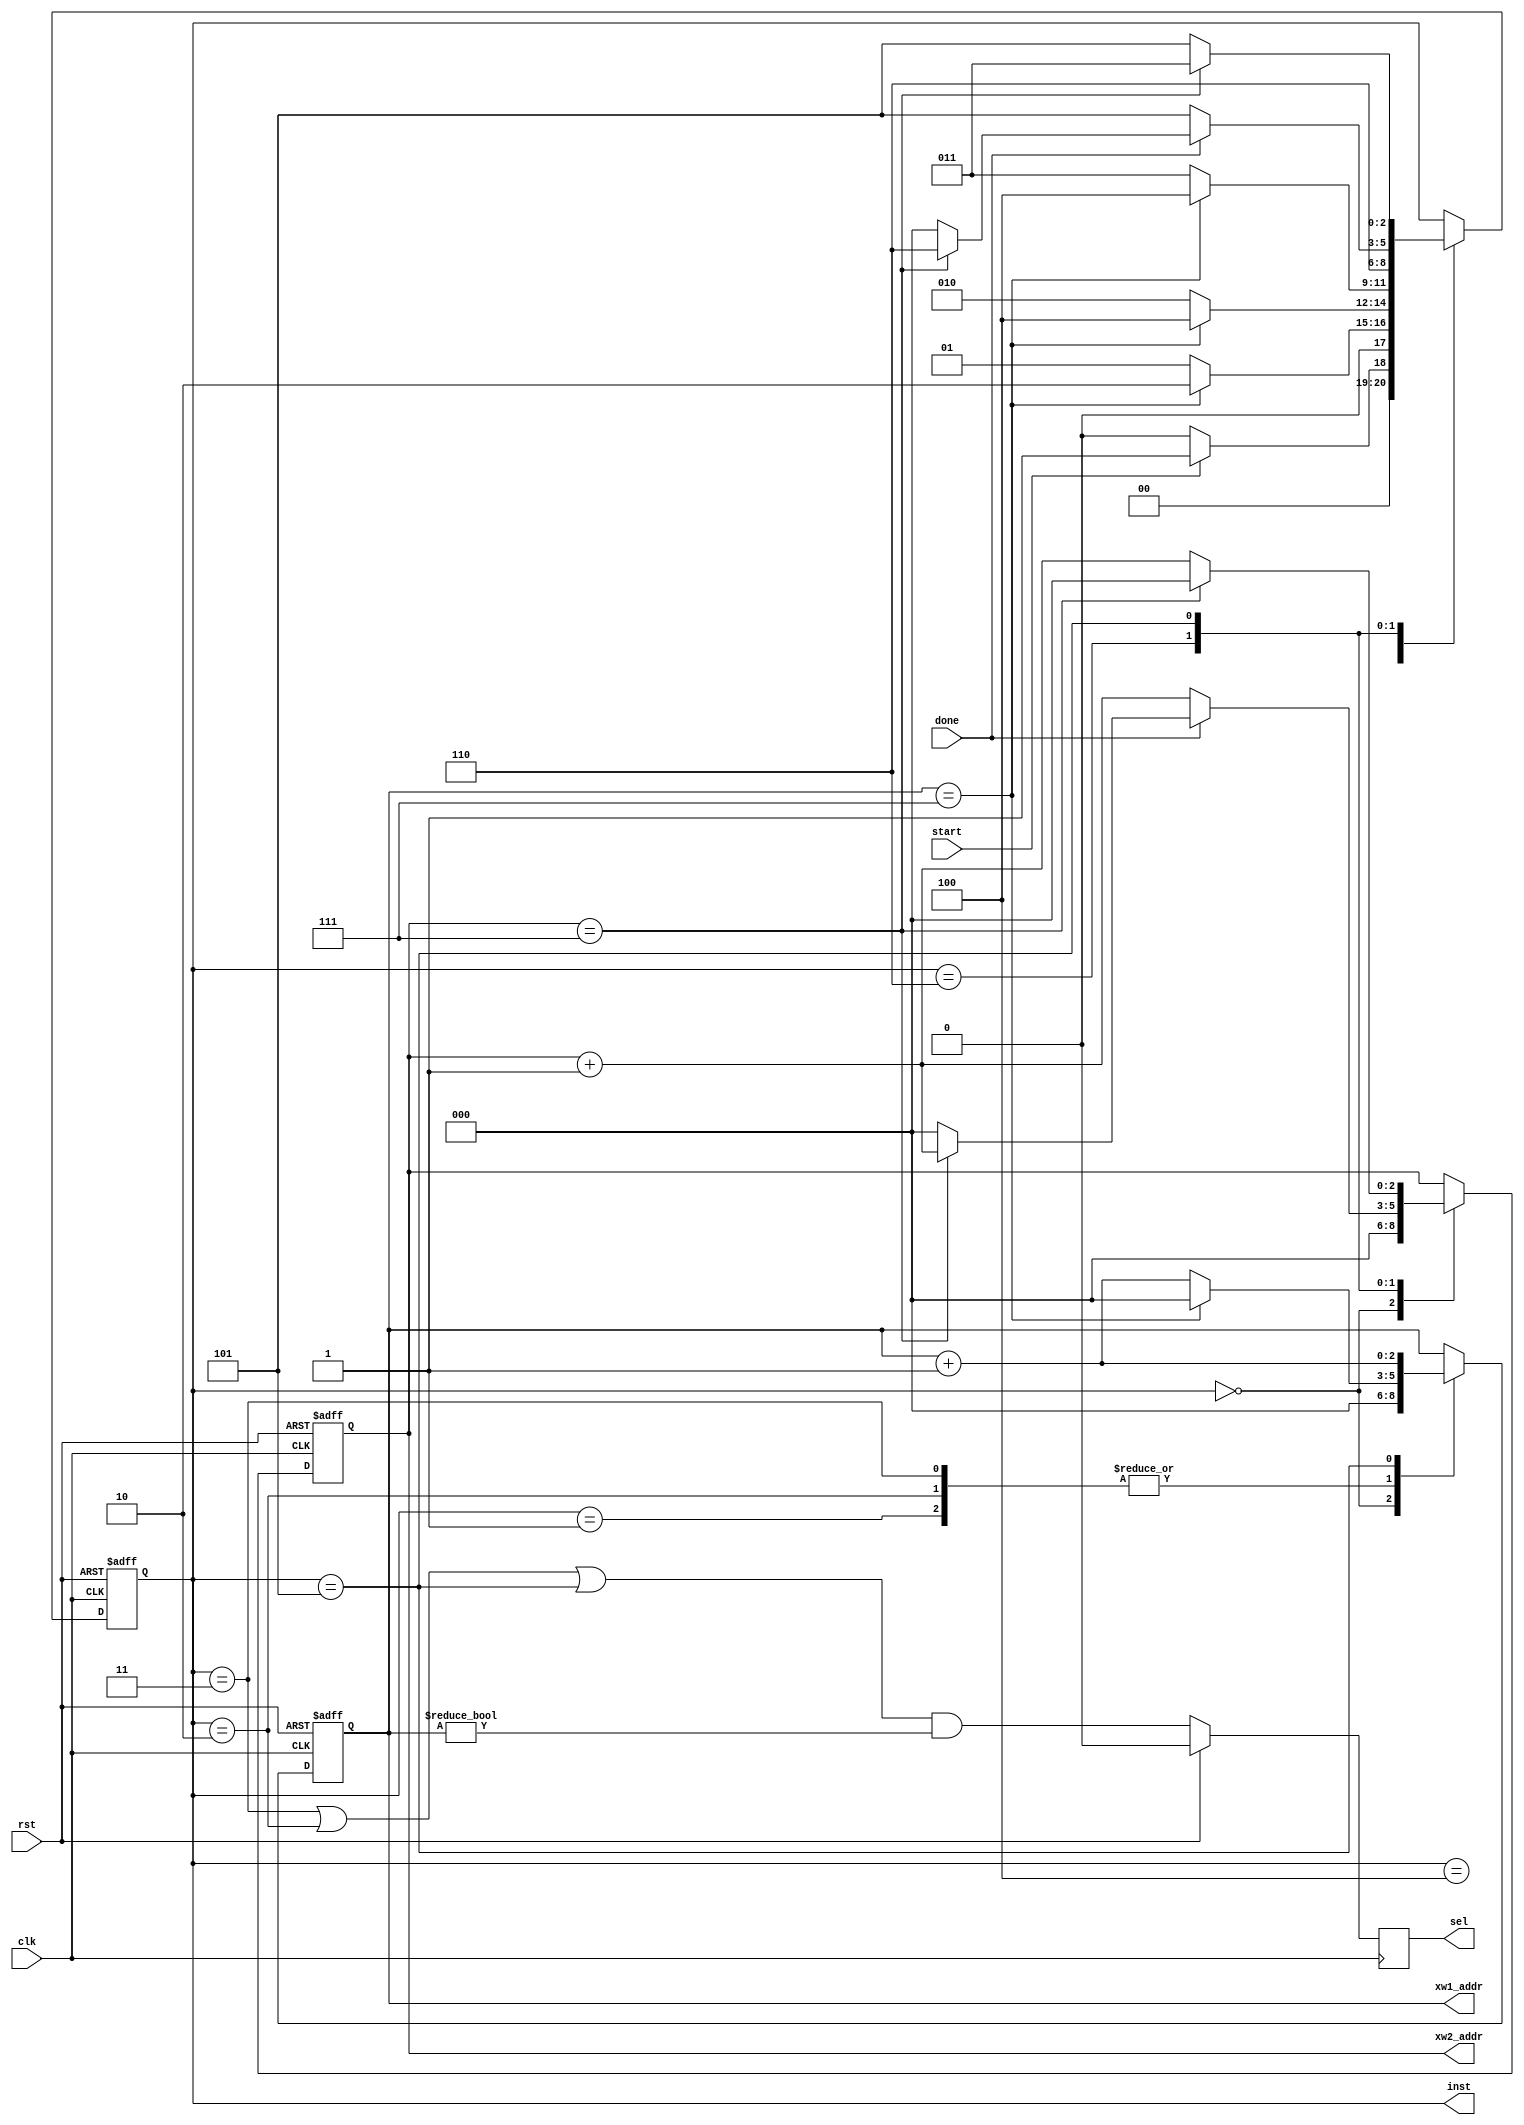
module controller#(
    parameter logNumCycle=3,
    parameter numCycle=8,
	parameter instBitwidth=3
)(
    input clk,
    input start,done,
    input rst,

    output [instBitwidth-1:0]inst,
	output reg sel,
    //output w1_sel,w2_sel,
    //output x1_en,w1_en,
    output [logNumCycle-1:0]xw1_addr,
    //output x2_en,w2_en,
    output [logNumCycle-1:0]xw2_addr

);
    reg [logNumCycle-1:0] counter;
	reg [logNumCycle-1:0] sgd_counter; 
    localparam IDLE=3'd0, INIT=3'd1, INIT_IP=3'd2,IP=3'd3,COMB=3'd4,PIPE=3'd5,SGD=3'd6;
    reg[2:0]state;
	//reg sel;

    always @(posedge clk or posedge rst)begin
        if(rst) begin
            state<=IDLE;
            counter<=0;
            sgd_counter<=0;
        end else  begin
            case (state)
            IDLE:begin
                if(start) begin
                    state<=INIT;
                    counter<=0;
                    sgd_counter<=0;
                end else begin
                    state<=IDLE;
                    counter<=0;
                    sgd_counter<=0;
                end
            end

            INIT: begin
                if(counter==numCycle-1) begin
  					counter<=0;
					state<=INIT_IP;
                end else begin
                    counter<=counter+1;
                    state<=INIT; 
                end
            end

            INIT_IP: begin
                if(counter==numCycle-1) begin
  					counter<=0;
					state<=COMB;
                end else begin
                    counter<=counter+1;
                    state<=INIT_IP; 
                end
            end

            IP: begin
                if(counter==numCycle-1) begin
  					counter<=0;
					state<=COMB;
                end else begin
                    counter<=counter+1;
                    state<=IP; 
                end
            end
			 
            COMB: begin
					state<=SGD;
            end

            SGD: begin  
                if(done) begin
                    if (sgd_counter==numCycle-1) begin
                        sgd_counter<=sgd_counter+1;
                        state<=SGD;
                    end else begin
                        sgd_counter<=0;
                        state<=IDLE;
                    end
                end else begin
                    sgd_counter<=sgd_counter+1;
                    state<=PIPE; 
                end
            end

            PIPE: begin
                if(sgd_counter==numCycle-1) begin
  					sgd_counter<=0;
					counter<=counter+1;
                    state<=IP;
                end else begin
                    counter<=counter+1;
                    sgd_counter<=sgd_counter+1;
                    state<=PIPE; 
                end
            end
            endcase
        end
    end

    // control logic based on state machine
    // input ena
    /* wire in_ea, w_ea, bmr_ea;,out_rd
    assign sel= ((state==IP|state==PIPE)&counter!=0)?1'b1:1'b0;
    assign w_ea = state==INIT;
    assign in_ea = (state==INIT|state==IP|state==PIPE);
    assign bmr_ea = (state==COMB);
    assign out_rd = (state==SGD|state==PIPE);

    assign inst={out_rd,bmr_ea,in_ea,w_ea,sel}; */
 	/*     //init ip
    assign w1_sel=state==INIT;
    assign w2_sel=state==INIT_IP;

    // memory ena
    assign x1_en=(state==IP|state==INIT_IP|state==PIPE);
    assign x2_en=(state==SGD|state==PIPE);

    assign w1_en=(state==INIT|state==IP|state==PIPE);
    assign w2_e=(state==INIT_IP|state==PIPE); */


	// memory ena no delay
    //assign x1_en=(state==IP|state==INIT_IP|state==PIPE);
    //assign x2_en=(state==SGD|state==PIPE);

    //assign w1_en=(state==INIT|state==IP|state==PIPE);
    //assign w2_en=((state==INIT_IP&xw1_addr!=numCycle-1)|state==PIPE|(state==INIT&xw1_addr==numCycle-1));
	// others 1-cycle delay
	//wire [logNumCycle-1:0]xw1_addr_pre,xw2_addr_pre;
	//wire [2:0]inst_pre;
	assign inst=state;
    assign xw1_addr=counter;
    assign xw2_addr=sgd_counter;

	/*always @(posedge clk)begin
			if (rst)begin 
				inst<=0;
				xw2_addr<=0;
				xw1_addr<=0;
			end else begin 
				inst<=inst_pre;
				xw2_addr<=xw2_addr_pre;
				xw1_addr<=xw1_addr_pre;
			end
		end*/
	wire sel_pre;
	assign sel_pre= (state==IP|state==INIT_IP|state==PIPE)&counter!=0;
	always @(posedge clk)begin
				if (rst)begin 
					sel<=0;
				end else begin 
					sel<=sel_pre;
				end
			end
endmodule